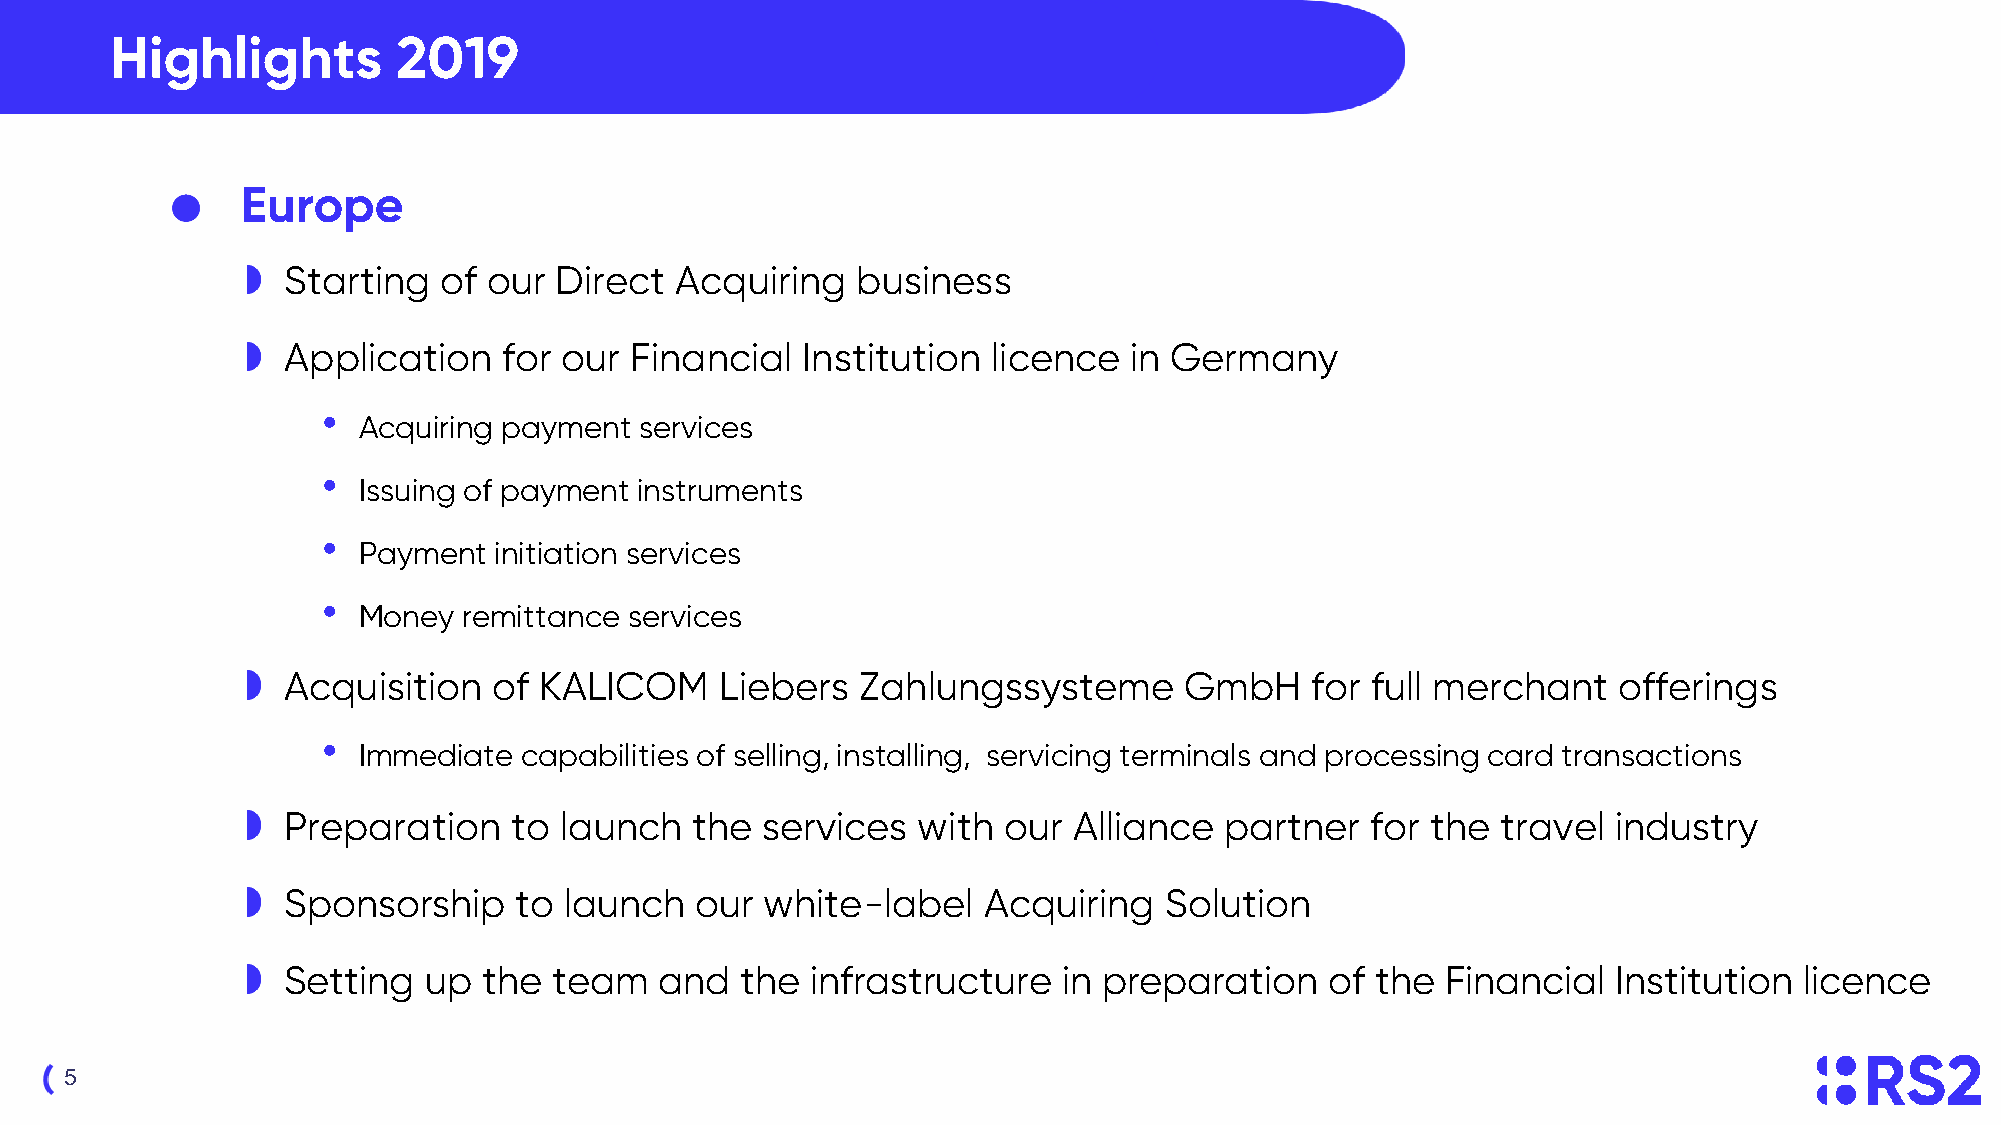
Highlights         2019
 Click     to   edit    Master       title   style
 Europe
 Starting  of our  Direct  Acquiring   business
 Application   for our  Financial  Institution  licence  in Germany
 •  Acquiring payment services
 •  Issuing of payment instruments
 •  Payment  initiation services
 •  Money  remittance services
 Acquisition   of KALICOM     Liebers  Zahlungssysteme      GmbH     for full merchant   offerings
 •  Immediate  capabilities of selling, installing, servicing terminals and processing card transactions
 Preparation    to launch   the services   with our  Alliance  partner   for the travel  industry
 Sponsorship    to launch   our  white-label   Acquiring   Solution
 Setting  up  the  team   and  the  infrastructure  in preparation    of the  Financial  Institution licence
 5